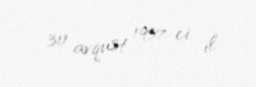
30 avqust 1957-ci il